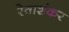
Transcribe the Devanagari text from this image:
रेवाशंकर